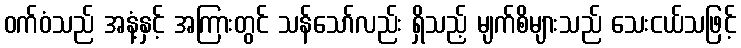
ဝက်ဝံသည် အနံ့နှင့် အကြားတွင် သန်သော်လည်း ရှိသည့် မျက်စိများသည် သေးငယ်သဖြင့်